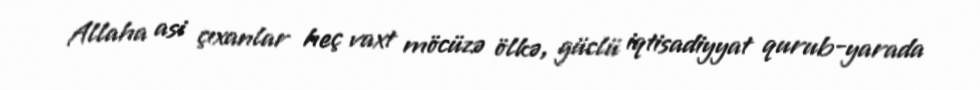
Allaha asi çıxanlar heç vaxt möcüzə ölkə, güclü iqtisadiyyat qurub-yarada